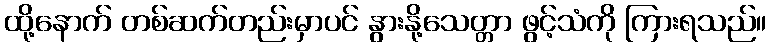
ထို့နောက် တစ်ဆက်တည်းမှာပင် နွားနို့သေတ္တာ ဖွင့်သံကို ကြားရသည်။